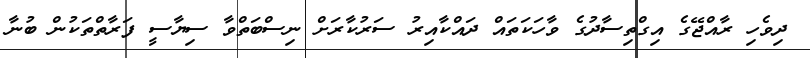
ދިވެހި ރާއްޖޭގެ އިގްތިސާދުގެ ވާހަކަތައް ދައްކާއިރު ސަރުކާރަށް ނިސްބަތްވާ ސިޔާސީ ފަރާތްތަކުން ބުނާ